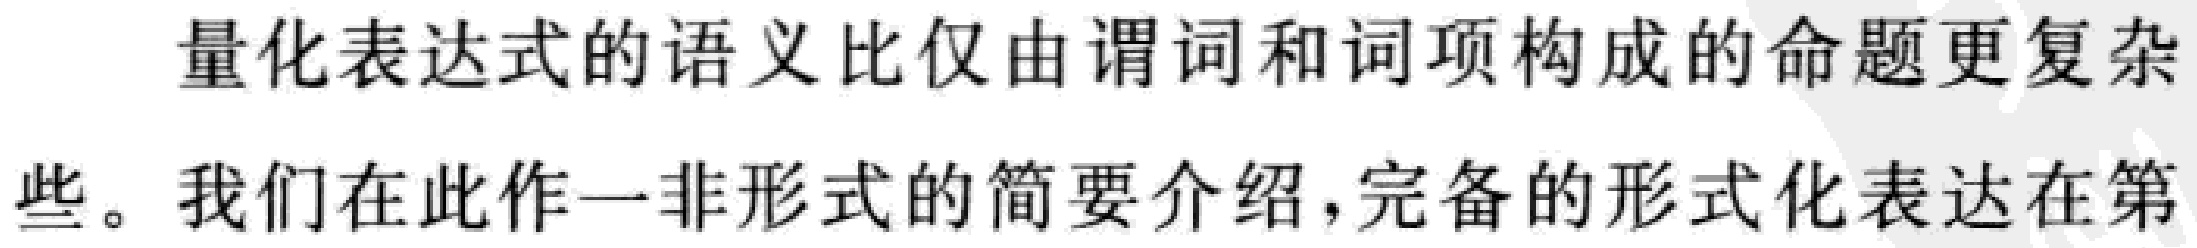
量化表达式的语义比仅由谓词和词项构成的命题更复杂些。我们在此作一非形式的简要介绍，完备的形式化表达在第